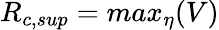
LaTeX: R_{c,sup}=max_{\eta}(V)